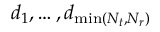
d _ { 1 } , \ldots , d _ { \operatorname* { m i n } ( N _ { t } , N _ { r } ) }